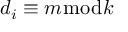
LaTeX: d _ { i } \equiv m { \bmod { k } }